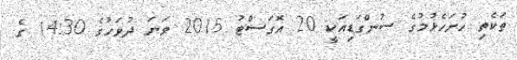
ތަކެތި ހުށަހެޅުމުގެ ސުންގަޑިއަކީ 20 އޮގަސްޓު 2015 ވަނަ ދުވަހުގެ 14:30 ގެ